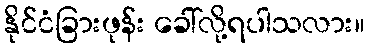
နိုင်ငံခြားဖုန်း ခေါ်လို့ရပါသလား။